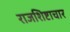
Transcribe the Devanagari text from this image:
राजशिष्टाचार